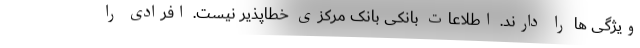
ویژگی ها را دارند. اطلاعات بانکی بانک مرکزی خطاپذیر نیست. افرادی را